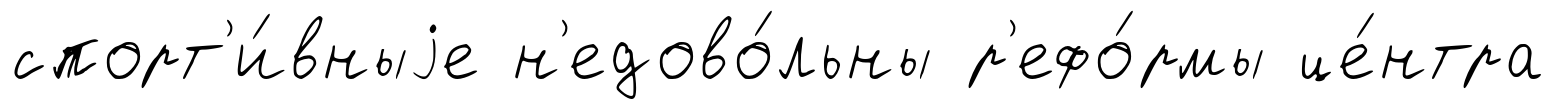
спорт'и́вныjе н'едово́льны р'ефо́рмы це́нтра